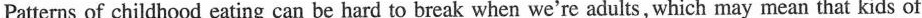
Patterns of childhood eating can be hard to break when we're adults, which may mean that kids of